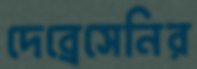
দেব্রেসেনির